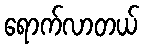
ရောက်လာတယ်